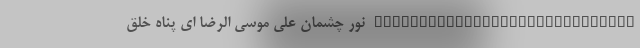
_____________________________ نور چشمان علی موسی الرضا ای پناه خلق